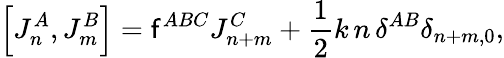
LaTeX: \left[J_{n}^{A},J_{m}^{B}\right]=\mathsf{f}^{ABC}J_{n+m}^{C}+\frac{{1}}{{2}}k\, n\, \delta^{AB}\delta_{n+m,0},